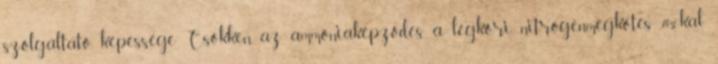
szolgáltató képessége Csökken az ammóniaképződés, a légköri nitrogénmegkötés 70%-kal